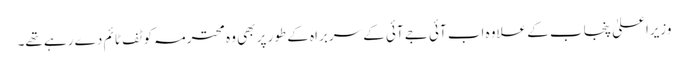
وزیراعلیٰ پنجاب کے علاوہ اب آئی جے آئی کے سربراہ کے طور پر بھی وہ محترمہ کو ٹف ٹائم دے رہے تھے۔